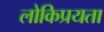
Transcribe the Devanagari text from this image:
लोकिप्रयता